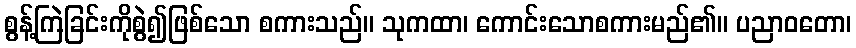
စွန့်ကြဲခြင်းကိုစွဲ၍ဖြစ်သော စကားသည်။ သုကထာ၊ ကောင်းသောစကားမည်၏။ ပညာဝတော၊